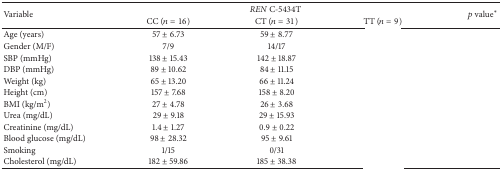
<table><thead><tr><td rowspan="2"><b>Variable</b></td><td colspan="3"><b><i>REN</i> C-5434T</b></td><td rowspan="2"><b><i>p</i> value<sup>∗</sup></b></td></tr><tr><td><b>CC (<i>n</i> = 16)</b></td><td><b>CT (<i>n</i> = 31)</b></td><td><b>TT (<i>n</i> = 9)</b></td></tr></thead><tbody><tr><td>Age (years)</td><td>57 ± 6.73</td><td>59 ± 8.77</td><td>[EMPTY_CELL]</td><td>[EMPTY_CELL]</td></tr><tr><td>Gender (M/F)</td><td>7/9</td><td>14/17</td><td>[EMPTY_CELL]</td><td>[EMPTY_CELL]</td></tr><tr><td>SBP (mmHg)</td><td>138 ± 15.43</td><td>142 ± 18.87</td><td>[EMPTY_CELL]</td><td>[EMPTY_CELL]</td></tr><tr><td>DBP (mmHg)</td><td>89 ± 10.62</td><td>84 ± 11.15</td><td>[EMPTY_CELL]</td><td>[EMPTY_CELL]</td></tr><tr><td>Weight (kg)</td><td>65 ± 13.20</td><td>66 ± 11.24</td><td>[EMPTY_CELL]</td><td>[EMPTY_CELL]</td></tr><tr><td>Height (cm)</td><td>157 ± 7.68</td><td>158 ± 8.20</td><td>[EMPTY_CELL]</td><td>[EMPTY_CELL]</td></tr><tr><td>BMI (kg/m<sup>2</sup>)</td><td>27 ± 4.78</td><td>26 ± 3.68</td><td>[EMPTY_CELL]</td><td>[EMPTY_CELL]</td></tr><tr><td>Urea (mg/dL)</td><td>29 ± 9.18</td><td>29 ± 15.93</td><td>[EMPTY_CELL]</td><td>[EMPTY_CELL]</td></tr><tr><td>Creatinine (mg/dL)</td><td>1.4 ± 1.27</td><td>0.9 ± 0.22</td><td>[EMPTY_CELL]</td><td>[EMPTY_CELL]</td></tr><tr><td>Blood glucose (mg/dL)</td><td>98 ± 28.32</td><td>95 ± 9.61</td><td>[EMPTY_CELL]</td><td>[EMPTY_CELL]</td></tr><tr><td>Smoking </td><td>1/15</td><td>0/31</td><td>[EMPTY_CELL]</td><td>[EMPTY_CELL]</td></tr><tr><td>Cholesterol (mg/dL)</td><td>182 ± 59.86</td><td>185 ± 38.38</td><td>[EMPTY_CELL]</td><td>[EMPTY_CELL]</td></tr></tbody></table>